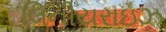
લિનીયરાઇઝ